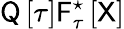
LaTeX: {\sf Q}\left[\tau\right]{\sf F}_{\tau}^{\star}\left[\sf X\right]